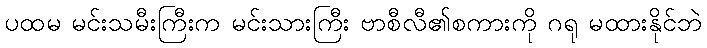
ပထမ မင်းသမီးကြီးက မင်းသားကြီး ဗာစီလီ၏စကားကို ဂရု မထားနိုင်ဘဲ